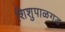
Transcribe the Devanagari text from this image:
शिशुपाळगड